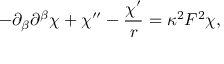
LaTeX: - \partial _ { \beta } \partial ^ { \beta } \chi + \chi ^ { \prime \prime } - \frac { \chi ^ { \prime } } { r } = \kappa ^ { 2 } F ^ { 2 } \chi ,